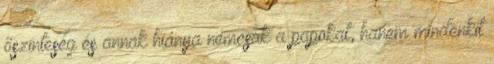
őszinteség és annak hiánya nemcsak a papokat, hanem mindenkit